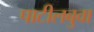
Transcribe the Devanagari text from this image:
पाटीलबुवा